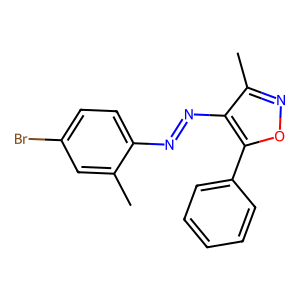
SMILES: Cc1cc(Br)ccc1N=Nc1c(C)noc1-c1ccccc1
Inhibits HIV replication: No